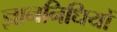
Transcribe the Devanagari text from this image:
ज्ञाननिधियों